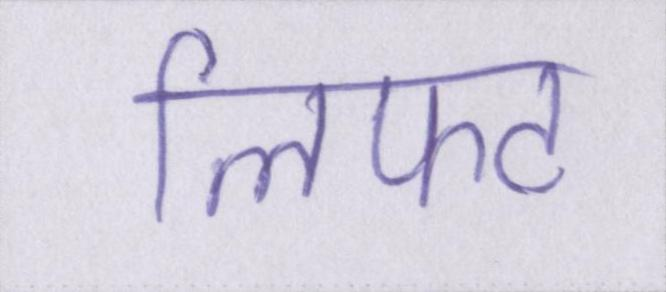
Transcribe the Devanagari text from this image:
लिफ्ट